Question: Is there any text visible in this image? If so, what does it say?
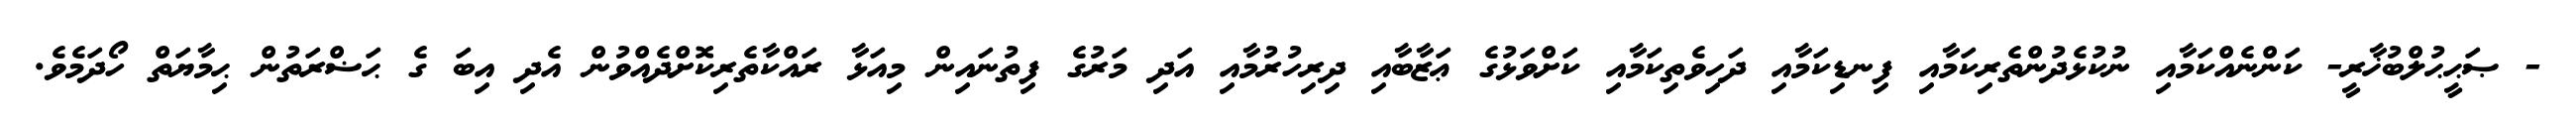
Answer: - ޞަޙީޙުލްބުޚާރީ- ކަންނެއްކަމާއި ނުކުޅެދުންތެރިކަމާއި ފިނޑިކަމާއި ދަހިވެތިކަމާއި ކަށްވަޅުގެ ޢަޒާބާއި ދިރިހުރުމާއި އަދި މަރުގެ ފިތުނައިން މިއަޅާ ރައްކާތެރިކޮށްދެއްވުން އެދި އިބަ ގެ ޙަޟްރަތުން ޙިމާޔަތް ހޯދަމެވެ.